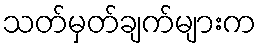
သတ်မှတ်ချက်များက